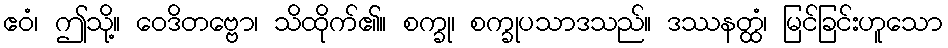
ဧဝံ၊ ဤသို့။ ဝေဒိတဗ္ဗော၊ သိထိုက်၏။ စက္ခု၊ စက္ခုပသာဒသည်။ ဒဿနတ္ထံ၊ မြင်ခြင်းဟူသော